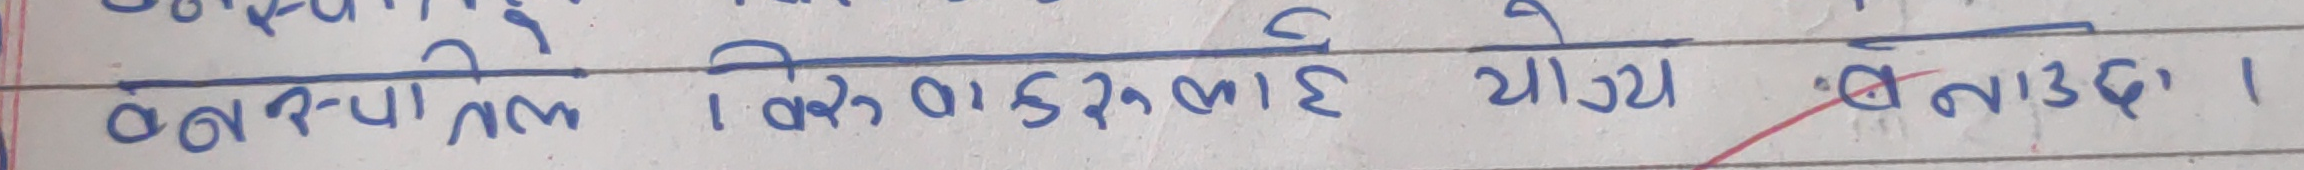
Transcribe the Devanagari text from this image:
क्वचात्मक 1 विरुवाहरुलाई योग्य बनाउद ।